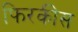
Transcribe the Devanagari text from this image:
फिरकीस